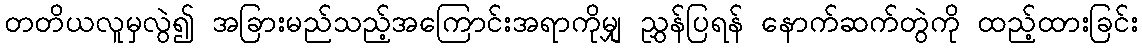
တတိယလူမှလွဲ၍ အခြားမည်သည့်အကြောင်းအရာကိုမျှ ညွှန်ပြရန် နောက်ဆက်တွဲကို ထည့်ထားခြင်း